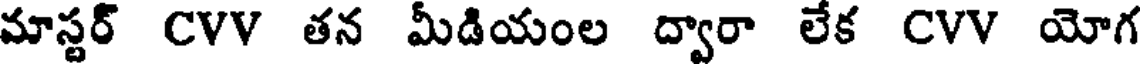
మాస్టర్ CVV తన మీడియంల ద్వారా లేక CVV యోగ